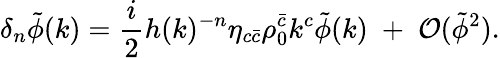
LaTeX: \delta_{n}\tilde{\phi}(k)=\frac{i}{2}h(k)^{-n}\eta_{c\bar{c}}\rho_{0}^{\bar{c}}k^{c}\tilde{\phi}(k)\; +\; {\cal O}(\tilde{\phi}^{2}).